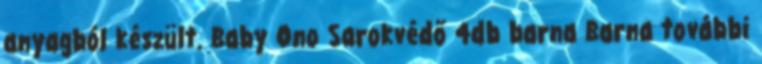
anyagból készült. Baby Ono Sarokvédő 4db barna Barna további